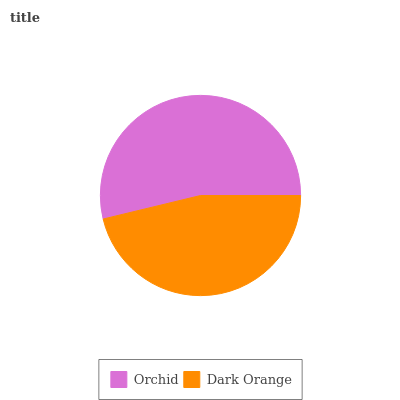
| Orchid | Dark Orange |
 | --- | --- |
 | 53.8% | 46.2% |